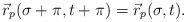
\begin{align*}\vec r_p(\sigma+\pi,t+\pi)=\vec r_p(\sigma,t).\end{align*}